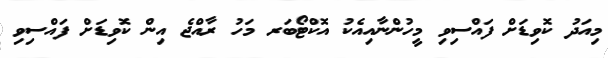
މިއަދު ކޮވިޑަށް ފައްސިވި މީހުންނާއިއެކު އޮކްޓޯބަރ މަހު ރާއްޖެ އިން ކޮވިޑަށް ފައްސިވި